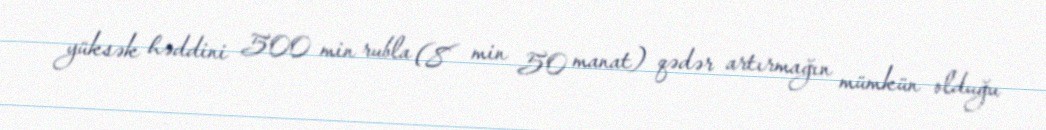
yüksək həddini 500 min rubla (8 min 50 manat) qədər artırmağın mümkün olduğu